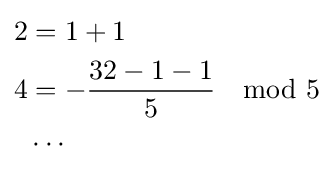
{\begin{aligned}2&=1+1\\4&=-{\frac {32-1-1}{5}}\mod 5\\&\cdots \end{aligned}}